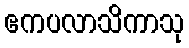
ဧကပလာသိကာသု